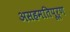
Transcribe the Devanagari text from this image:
असहमतिपूर्ण